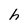
Character: h